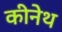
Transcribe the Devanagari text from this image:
कीनेथ